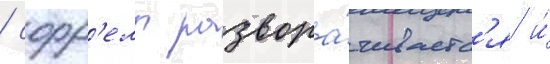
/ сорр'елл развора́чиваетс'я и́